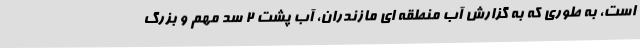
است، به طوری که به گزارش آب منطقه ای مازندران، آب پشت ۲ سد مهم و بزرگ